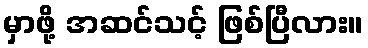
မှာဖို့ အဆင်သင့် ဖြစ်ပြီလား။